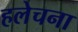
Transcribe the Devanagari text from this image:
हलेचना